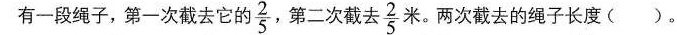
有一段绳子，第一次截去它的 \frac{2}{5} ，第二次截去 \frac{2}{5}米。两次截去的绳子长度( )。